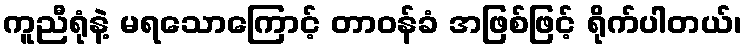
ကူညီရုံနဲ့ မရသောကြောင့် တာဝန်ခံ အဖြစ်ဖြင့် ရိုက်ပါတယ်၊